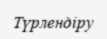
Түрлендіру